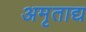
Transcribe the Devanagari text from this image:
अमृताद्य